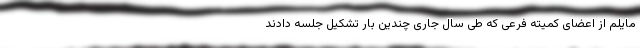
مایلم از اعضای کمیته فرعی که طی سال جاری چندین بار تشکیل جلسه دادند